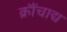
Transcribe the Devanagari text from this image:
क्रौंचाद्य